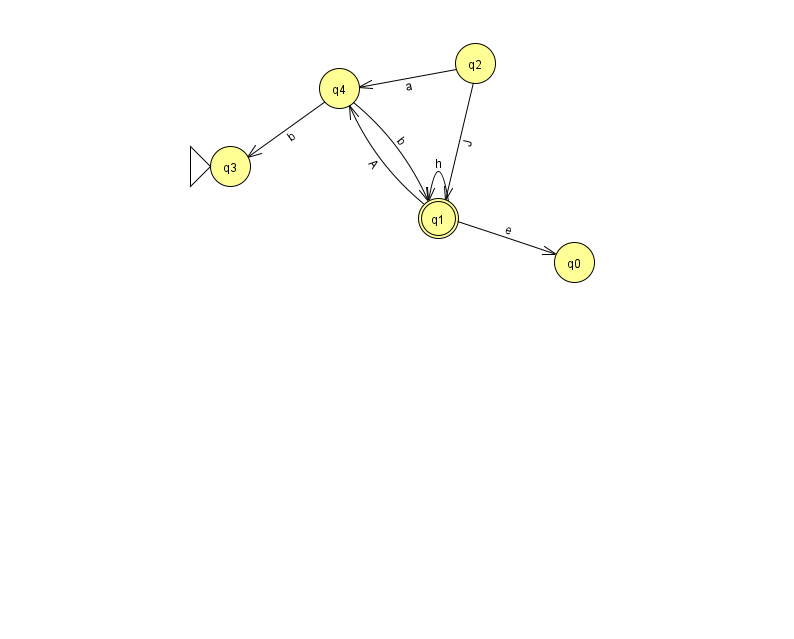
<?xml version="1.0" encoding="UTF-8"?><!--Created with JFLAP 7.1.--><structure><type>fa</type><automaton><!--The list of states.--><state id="0" name="q0"><x>574.0</x><y>249.0</y></state><state id="1" name="q1"><x>438.0</x><y>205.0</y><final/></state><state id="2" name="q2"><x>475.0</x><y>50.0</y></state><state id="3" name="q3"><x>230.0</x><y>153.0</y><initial/></state><state id="4" name="q4"><x>339.0</x><y>75.0</y></state><!--The list of transitions.--><transition><from>1</from><to>0</to><read>e</read></transition><transition><from>2</from><to>4</to><read>a</read></transition><transition><from>4</from><to>1</to><read>b</read></transition><transition><from>1</from><to>4</to><read>A</read></transition><transition><from>1</from><to>1</to><read>h</read></transition><transition><from>2</from><to>1</to><read>J</read></transition><transition><from>4</from><to>3</to><read>b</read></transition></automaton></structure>